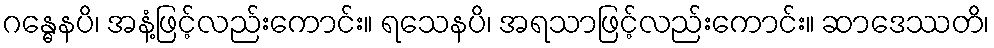
ဂန္ဓေနပိ၊ အနံ့ဖြင့်လည်းကောင်း။ ရသေနပိ၊ အရသာဖြင့်လည်းကောင်း။ ဆာဒေဿတိ၊